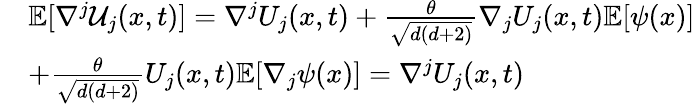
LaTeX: \begin{array}{rl}&{\mathbb{E}[\nabla^{j}\mathcal{U}_{j}(x,t)]=\nabla^{j}U_{j}(x,t)+\frac{\theta}{\sqrt{d(d+2)}}\nabla_{j}U_{j}(x,t)\mathbb{E}[\psi(x)]}\\ &{+\frac{\theta}{\sqrt{d(d+2)}}U_{j}(x,t)\mathbb{E}[\nabla_{j}\psi(x)]=\nabla^{j}U_{j}(x,t)}\end{array}